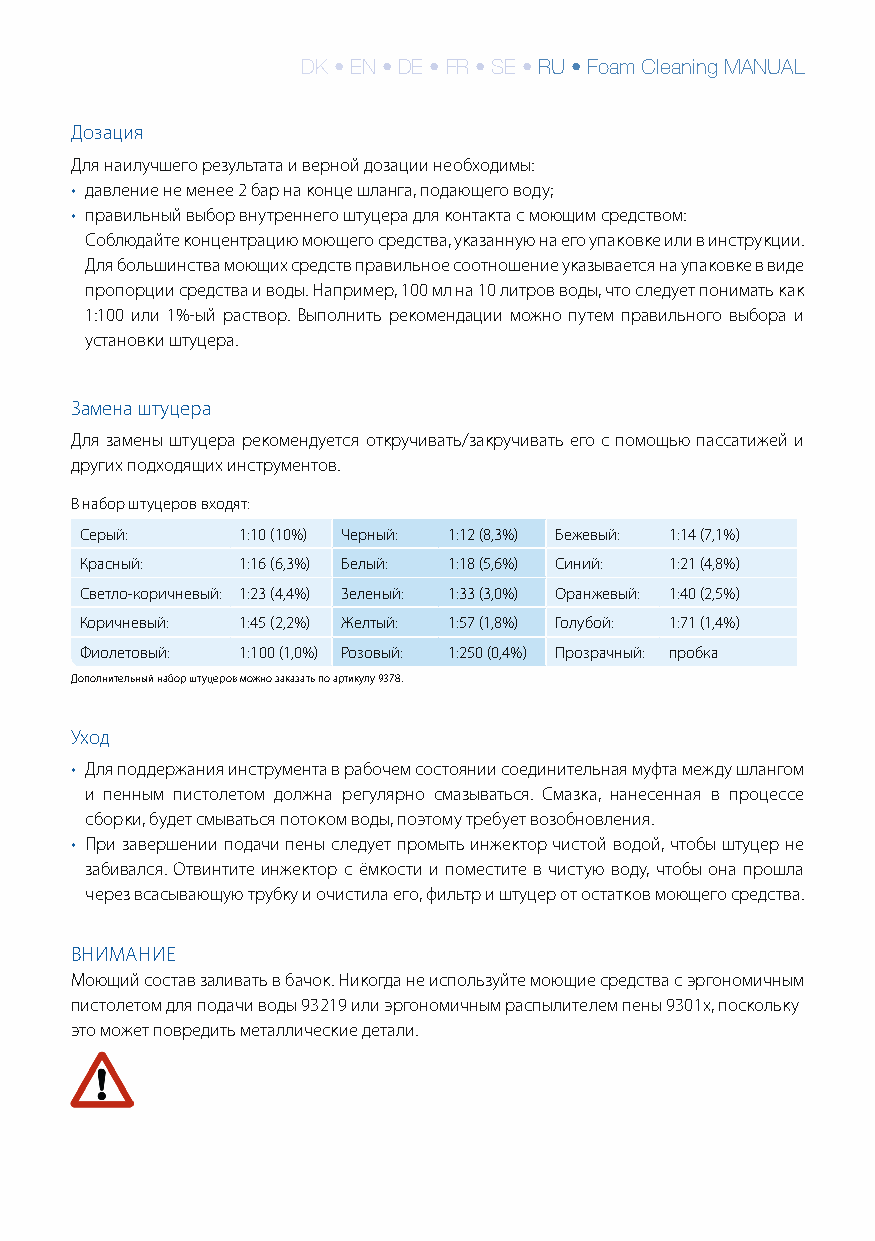
DK • EN • DE • FR • SE • RU • Foam Cleaning MANUAL
 Дозация
 Для наилучшего результата и верной дозации необходимы:
 • давление не менее 2 бар на конце шланга, подающего воду;
 • правильный выбор внутреннего штуцера для контакта с моющим средством:
 Соблюдайте концентрацию моющего средства, указанную на его упаковке или в инструкции.
 Для большинства моющих средств правильное соотношение указывается на упаковке в виде
 пропорции средства и воды. Например, 100 мл на 10 литров воды, что следует понимать как
 1:100 или 1%-ый раствор. Выполнить рекомендации можно путем правильного выбора и
 установки штуцера.
 Замена штуцера
 Для замены штуцера рекомендуется откручивать/закручивать его с помощью пассатижей и
 других подходящих инструментов.
 В набор штуцеров входят:
 3. Установите в
 Серый:     1:10 (10%) Черный: 1:12 (8,3%) Бежевый: 1:14 (7,1%)
 инжектор (распы-
 лительную головку) Красный: 1:16 (6,3%) Белый: 1:18 (5,6%) Синий: 1:21 (4,8%)
 подходящий штуцер
 (инструкцию по Светло-коричневый: 1:23 (4,4%) Зеленый: 1:33 (3,0%) Оранжевый: 1:40 (2,5%)
 выбору штуцера см.
 Коричневый: 1:45 (2,2%) Желтый: 1:57 (1,8%) Голубой: 1:71 (1,4%)
 на следующей
 странице). Фиолетовый: 1:100 (1,0%) Розовый: 1:250 (0,4%) Прозрачный: пробка
 Дополнительный набор штуцеров можно заказать по артикулу 9378.
 Уход
 • Для поддержания инструмента в рабочем состоянии соединительная муфта между шлангом
 и пенным пистолетом должна регулярно смазываться. Смазка, нанесенная в процессе
 сборки, будет смываться потоком воды, поэтому требует возобновления.
 • При завершении подачи пены следует промыть инжектор чистой водой, чтобы штуцер не
 забивался. Отвинтите инжектор с ёмкости и поместите в чистую воду, чтобы она прошла
 через всасывающую трубку и очистила его, фильтр и штуцер от остатков моющего средства.
 ВНИМАНИЕ
 Моющий состав заливать в бачок. Никогда не используйте моющие средства с эргономичным
 пистолетом для подачи воды 93219 или эргономичным распылителем пены 9301x, поскольку
 это может повредить металлические детали.